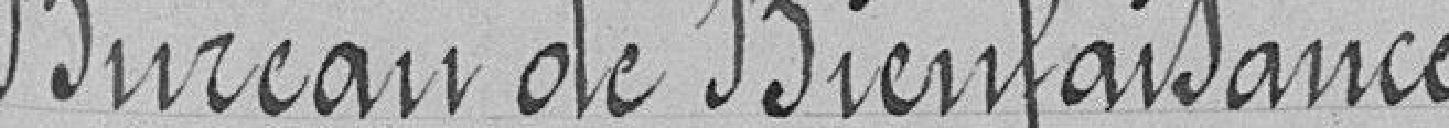
Bureau de Bienfaisance